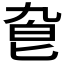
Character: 𠤙